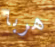
هربا